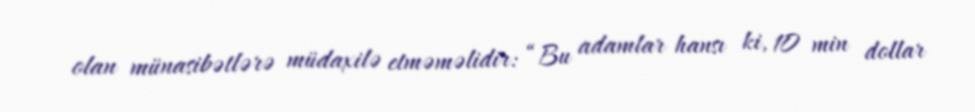
olan münasibətlərə müdaxilə etməməlidir: “Bu adamlar hansı ki, 10 min dollar